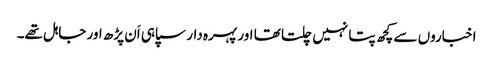
اخباروں سے کچھ پتا نہیں چلتا تھا اور پہرہ دار سپاہی اَن پڑھ اور جاہل تھے۔